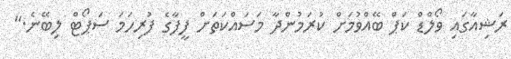
ރަޝިއާގައި ވޯލްޑް ކަޕް ބޭއްވުމަށް ކުރަމުންދާ މަސައްކަތަށް ފީފާގެ ފުރިހަމަ ސަޕޯޓް ލިބޭނެ."